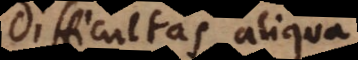
Difficultas aliqua